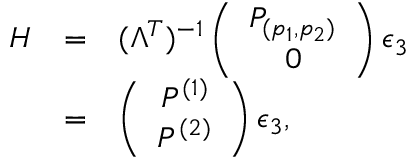
\begin{array} { r c l } { { { \cal H } } } & { { = } } & { { ( \Lambda ^ { T } ) ^ { - 1 } \left( \begin{array} { c } { { P _ { ( p _ { 1 } , p _ { 2 } ) } } } \\ { { 0 } } \end{array} \right) \epsilon _ { 3 } } } \\ { { } } & { { = } } & { { \left( \begin{array} { c } { { P ^ { ( 1 ) } } } \\ { { P ^ { ( 2 ) } } } \end{array} \right) \epsilon _ { 3 } , } } \end{array}